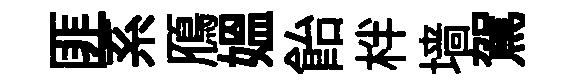
匪系鴈媪飴柈墙駕